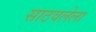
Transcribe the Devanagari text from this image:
साठवलेला